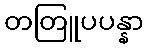
တတြူပပန္နာ